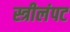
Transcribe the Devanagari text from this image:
स्त्रीलंपट